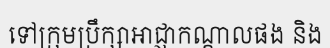
ទៅក្រុមប្រឹក្សាអាជ្ញាកណ្តាលផង និង